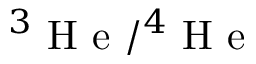
{ } ^ { 3 } \textrm { H e } / { } ^ { 4 } \textrm { H e }